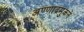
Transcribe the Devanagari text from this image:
अण्णाद्रमुकने